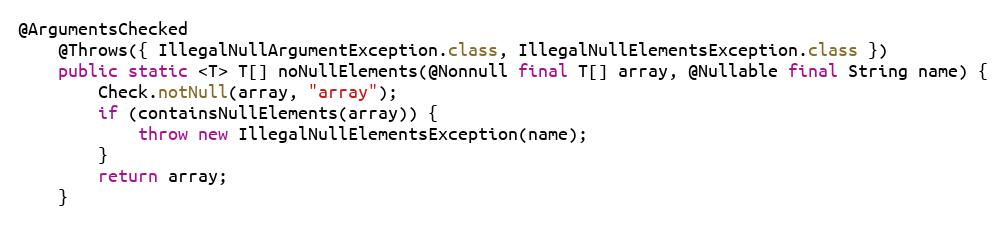
Language: Java
@ArgumentsChecked
	@Throws({ IllegalNullArgumentException.class, IllegalNullElementsException.class })
	public static <T> T[] noNullElements(@Nonnull final T[] array, @Nullable final String name) {
		Check.notNull(array, "array");
		if (containsNullElements(array)) {
			throw new IllegalNullElementsException(name);
		}
		return array;
	}